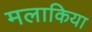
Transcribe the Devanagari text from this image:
मलाकिया